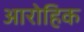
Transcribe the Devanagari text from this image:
आरोहिक